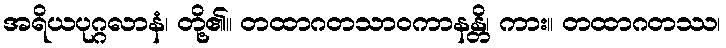
အရိယပုဂ္ဂလာနံ၊ တို့၏။ တထာဂတသာဝကာနန္တိ၊ ကား။ တထာဂတဿ၊